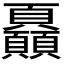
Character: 𩖏